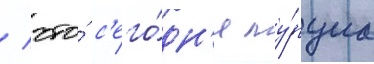
/ что́ с'его́дн'я ту́рциа